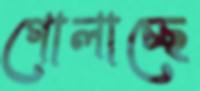
গোলাচ্ছে